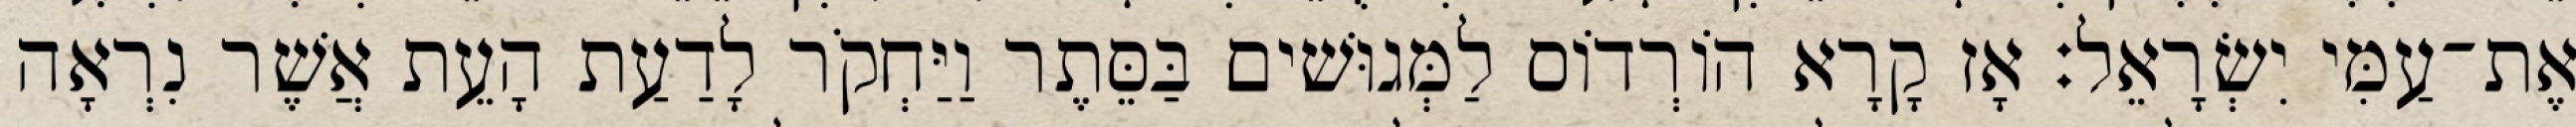
אֶת־עַמִּי יִשְׂרָאֵל׃ אָז קָרָא הוֹרְדוֹס לַמְּגוּשׁים בַּסֵּתֶר וַיַּחְקֹר לָדַעַת הָעֵת אֲשֶׁר נִרְאָה